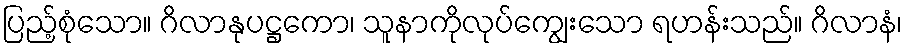
ပြည့်စုံသော။ ဂိလာနုပဋ္ဌကော၊ သူနာကိုလုပ်ကျွေးသော ရဟန်းသည်။ ဂိလာနံ၊